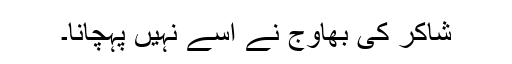
شاکر کی بھاوج نے اسے نہیں پہچانا۔